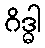
ဂိဒ္ဓါ